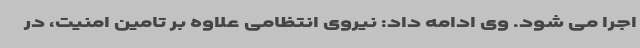
اجرا می شود. وی ادامه داد: نیروی انتظامی علاوه بر تامین امنیت، در